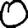
Digit: 0